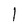
Character: 1